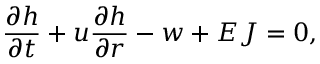
\frac { \partial h } { \partial t } + u \frac { \partial h } { \partial r } - w + E J = 0 ,